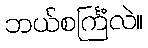
ဘယ်စင်္ကြံလဲ။